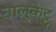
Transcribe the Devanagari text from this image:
नालुकेट्टु